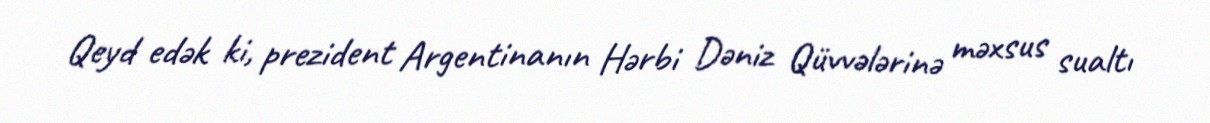
Qeyd edək ki, prezident Argentinanın Hərbi Dəniz Qüvvələrinə məxsus sualtı